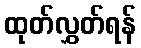
ထုတ်လွှတ်ရန်